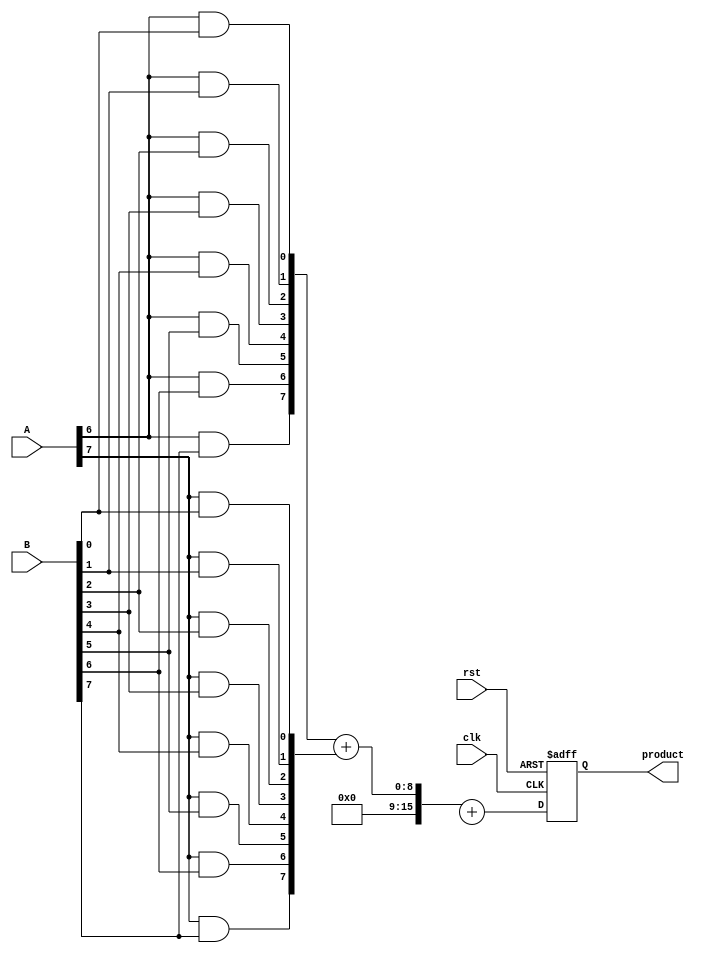
module PipelinedWallaceTreeMultiplier #(parameter N = 8) (
    input clk,
    input rst,
    input [N-1:0] A,
    input [N-1:0] B,
    output reg [2*N-1:0] product
);

    // Intermediate signals
    wire [N-1:0] pp [0:N-1]; // Partial products
    wire [2*N-1:0] sum_stage1 [0:N-1]; // Stage 1 sums
    wire [2*N-1:0] sum_stage2 [0:N-2]; // Stage 2 sums
    wire [2*N-1:0] final_sum; // Final sum

    // Stage 1: Partial Product Generation
    genvar i, j;
    generate
        for (i = 0; i < N; i = i + 1) begin : pp_gen
            for (j = 0; j < N; j = j + 1) begin : pp_row
                assign pp[i][j] = A[i] & B[j];
            end
        end
    endgenerate

    // Stage 2: Wallace Tree Reduction
    // Combine partial products using half adders and full adders
    // This example combines 4 partial products at a time
    generate
        for (i = 0; i < N; i = i + 1) begin : wallace_tree
            if (i < N-1) begin
                // Example of a simple reduction using adders
                assign sum_stage1[i] = pp[i] + pp[i+1]; // Simple addition for illustration
            end
        end
    endgenerate

    // Stage 3: Final Addition
    // A simple adder to sum the last two rows of the Wallace tree
    assign final_sum = sum_stage1[N-2] + sum_stage1[N-1];

    // Stage 4: Output Register
    always @(posedge clk or posedge rst) begin
        if (rst) begin
            product <= 0;
        end else begin
            product <= final_sum; // Capture final product
        end
    end

endmodule